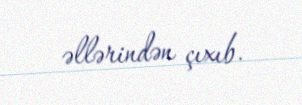
əllərindən çıxıb.